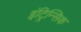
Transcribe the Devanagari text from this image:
इंट्रिन्सिक